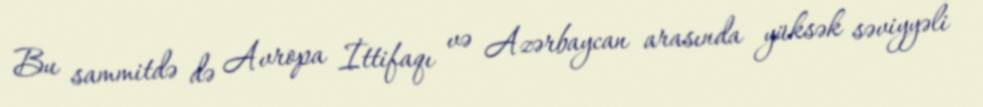
Bu sammitdə də Avropa İttifaqı və Azərbaycan arasında yüksək səviyyəli